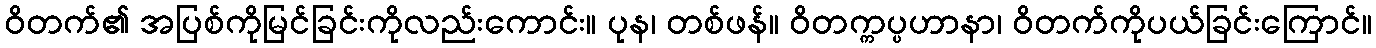
ဝိတက်၏ အပြစ်ကိုမြင်ခြင်းကိုလည်းကောင်း။ ပုန၊ တစ်ဖန်။ ဝိတက္ကပ္ပဟာနာ၊ ဝိတက်ကိုပယ်ခြင်းကြောင်။